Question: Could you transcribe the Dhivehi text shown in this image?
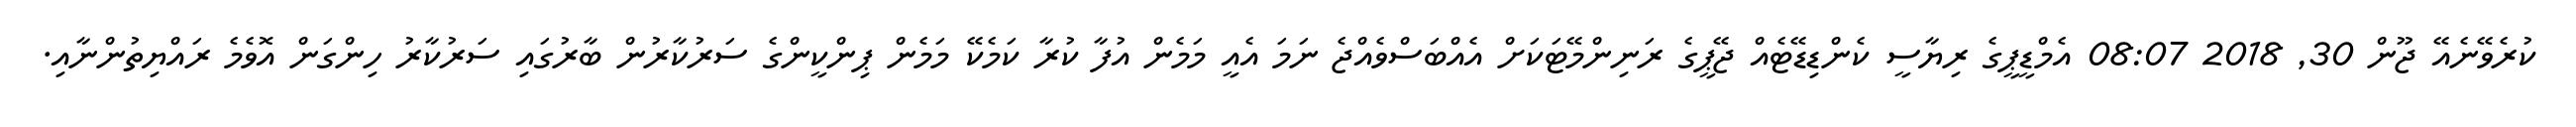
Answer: ކުރެވޭނެއޭ ޖޫން 30, 2018 08:07 އެމްޑީޕީގެ ރިޔާސީ ކެންޑިޑޭޓެއް ޖޭޕީގެ ރަނިންމޭޓަކަށް އެއްބަސްވެއްޖެ ނަމަ އެއީ މަމެން އުފާ ކުރާ ކަމެކޭ މަމެން ޕިންކީންގެ ސަރުކާރުން ބާރުގައި ސަރުކާރު ހިންގަން އޮވެމެ ރައްޔިތުންނާއި.